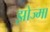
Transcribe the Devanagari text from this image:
झोज्मा